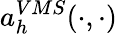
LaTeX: a_{h}^{VMS}(\cdot,\cdot)